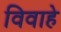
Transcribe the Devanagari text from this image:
विवाहे